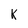
Character: k